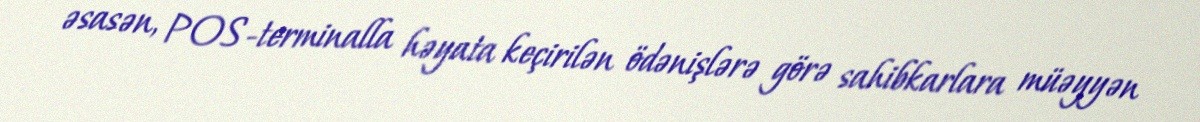
əsasən, POS-terminalla həyata keçirilən ödənişlərə görə sahibkarlara müəyyən